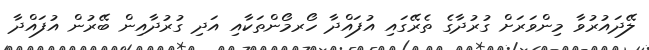
ލޭދައުރުވާ މިންވަރަށް ގުރުދާގެ ތެރޭގައި އުފައްދާ ހޯރމޯންތަކާއި އަދި ގުރުދާއިން ބޭރުން އުފައްދާ